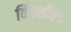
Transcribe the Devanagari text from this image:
विंडशील्‍ड